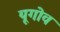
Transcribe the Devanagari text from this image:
यूगोव